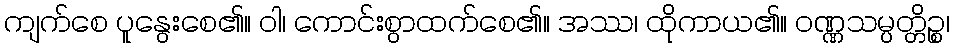
ကျက်စေ ပူနွေးစေ၏။ ဝါ၊ ကောင်းစွာထက်စေ၏။ အဿ၊ ထိုကာယ၏။ ဝဏ္ဏသမ္ပတ္တိဉ္စ၊